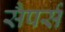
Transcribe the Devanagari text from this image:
सैपर्स